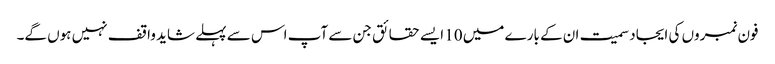
فون نمبروں کی ایجاد سمیت ان کے بارے میں 10 ایسے حقائق جن سے آپ اس سے پہلے شاید واقف نہیں ہوں گے۔